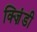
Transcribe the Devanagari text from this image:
क्ज़िंडी